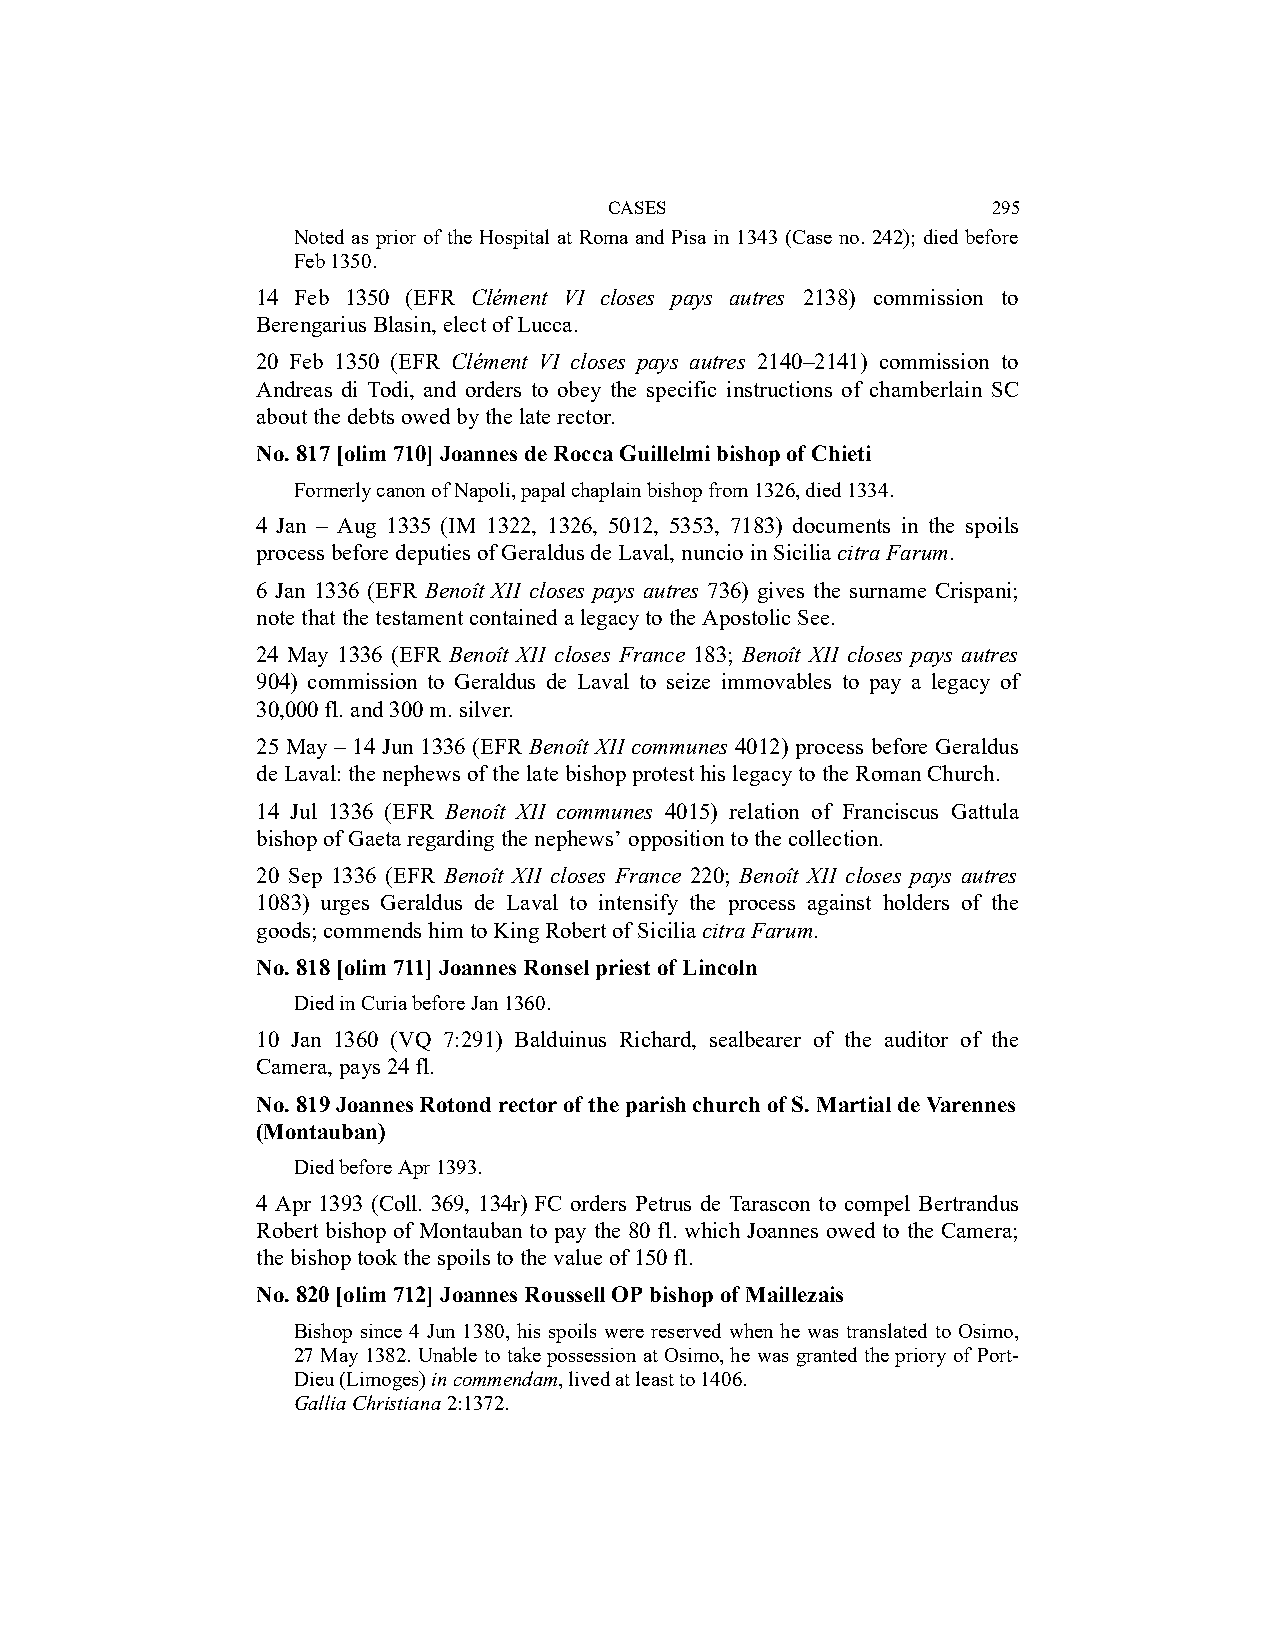
CASES                     295
 Noted as prior of the Hospital at Roma and Pisa in 1343 (Case no. 242); died before
 Feb 1350.
 14 Feb 1350 (EFR Clément VI closes pays autres 2138) commission to
 Berengarius Blasin, elect of Lucca.
 20 Feb 1350 (EFR Clément VI closes pays autres 2140–2141) commission to
 Andreas di Todi, and orders to obey the specific instructions of chamberlain SC
 about the debts owed by the late rector.
 No. 817 [olim 710] Joannes de Rocca Guillelmi bishop of Chieti
 Formerly canon of Napoli, papal chaplain bishop from 1326, died 1334.
 4 Jan – Aug 1335 (IM 1322, 1326, 5012, 5353, 7183) documents in the spoils
 process before deputies of Geraldus de Laval, nuncio in Sicilia citra Farum.
 6 Jan 1336 (EFR Benoît XII closes pays autres 736) gives the surname Crispani;
 note that the testament contained a legacy to the Apostolic See.
 24 May 1336 (EFR Benoît XII closes France 183; Benoît XII closes pays autres
 904) commission to Geraldus de Laval to seize immovables to pay a legacy of
 30,000 fl. and 300 m. silver.
 25 May – 14 Jun 1336 (EFR Benoît XII communes 4012) process before Geraldus
 de Laval: the nephews of the late bishop protest his legacy to the Roman Church.
 14 Jul 1336 (EFR Benoît XII communes 4015) relation of Franciscus Gattula
 bishop of Gaeta regarding the nephews’ opposition to the collection.
 20 Sep 1336 (EFR Benoît XII closes France 220; Benoît XII closes pays autres
 1083) urges Geraldus de Laval to intensify the process against holders of the
 goods; commends him to King Robert of Sicilia citra Farum.
 No. 818 [olim 711] Joannes Ronsel priest of Lincoln
 Died in Curia before Jan 1360.
 10 Jan 1360 (VQ 7:291) Balduinus Richard, sealbearer of the auditor of the
 Camera, pays 24 fl.
 No. 819 Joannes Rotond rector of the parish church of S. Martial de Varennes
 (Montauban)
 Died before Apr 1393.
 4 Apr 1393 (Coll. 369, 134r) FC orders Petrus de Tarascon to compel Bertrandus
 Robert bishop of Montauban to pay the 80 fl. which Joannes owed to the Camera;
 the bishop took the spoils to the value of 150 fl.
 No. 820 [olim 712] Joannes Roussell OP bishop of Maillezais
 Bishop since 4 Jun 1380, his spoils were reserved when he was translated to Osimo,
 27 May 1382. Unable to take possession at Osimo, he was granted the priory of Port-
 Dieu (Limoges) in commendam, lived at least to 1406.
 Gallia Christiana 2:1372.